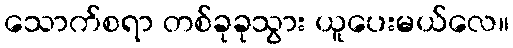
သောက်စရာ တစ်ခုခုသွား ယူပေးမယ်လေ။